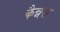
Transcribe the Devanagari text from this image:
कैन्नेस